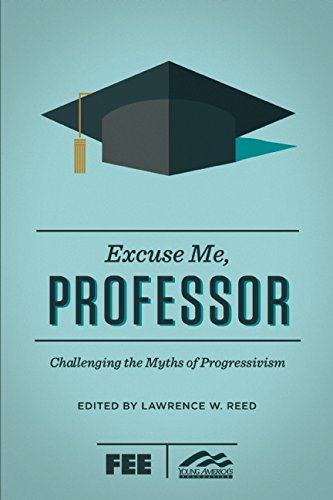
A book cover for Excuse Me, Professor: Challenging the Myths of Progressivism; Business & Money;